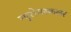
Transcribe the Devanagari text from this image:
न्यूरोमस्कलर